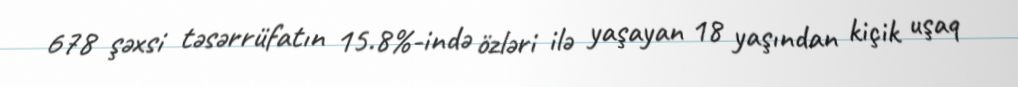
678 şəxsi təsərrüfatın 15.8%-ində özləri ilə yaşayan 18 yaşından kiçik uşaq